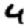
Digit: 4